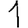
Digit: 1